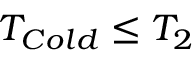
T _ { C o l d } \leq T _ { 2 }